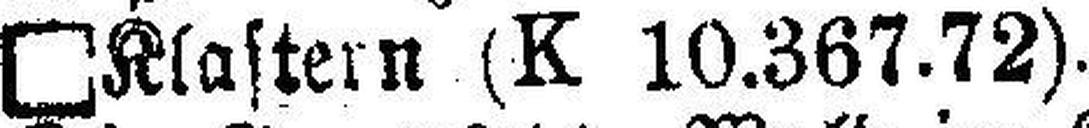
□Klastern (K 10.367.72).